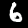
Label: 6